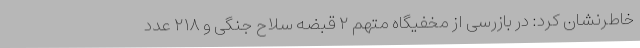
خاطرنشان کرد: در بازرسی از مخفیگاه متهم ۲ قبضه سلاح جنگی و ۲۱۸ عدد